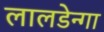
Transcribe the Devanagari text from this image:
लालडेन्गा